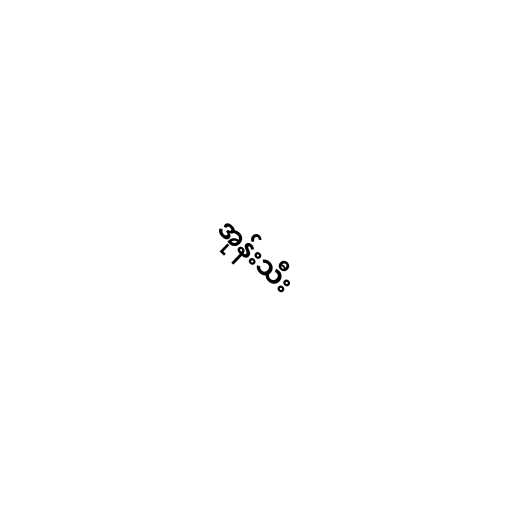
အုန်းသီး